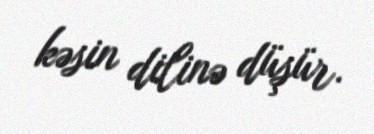
kəsin dilinə düşür.